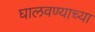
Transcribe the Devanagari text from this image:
घालवण्याच्या